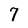
Character: 7